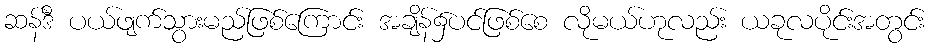
ဆန်ဒီ ပယ်ဖျက်သွားမည်ဖြစ်ကြောင်း အချိန်၌ပင်ဖြစ်စေ လိုမယ်ဟုလည်း ယခုလပိုင်းအတွင်း